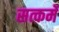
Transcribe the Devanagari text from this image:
सत्कर्मे